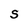
Character: S